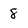
Character: 8